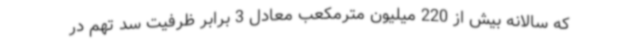
که سالانه بیش از 220 میلیون مترمکعب معادل 3 برابر ظرفیت سد تهم در